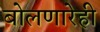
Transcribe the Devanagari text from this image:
बोलणारेही